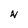
Character: N